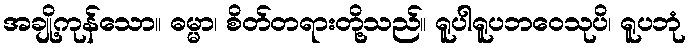
အချို့ကုန်သော။ ဓမ္မာ၊ စိတ်တရားတို့သည်။ ရူပါရူပဘဝေသုပိ၊ ရူပဘုံ